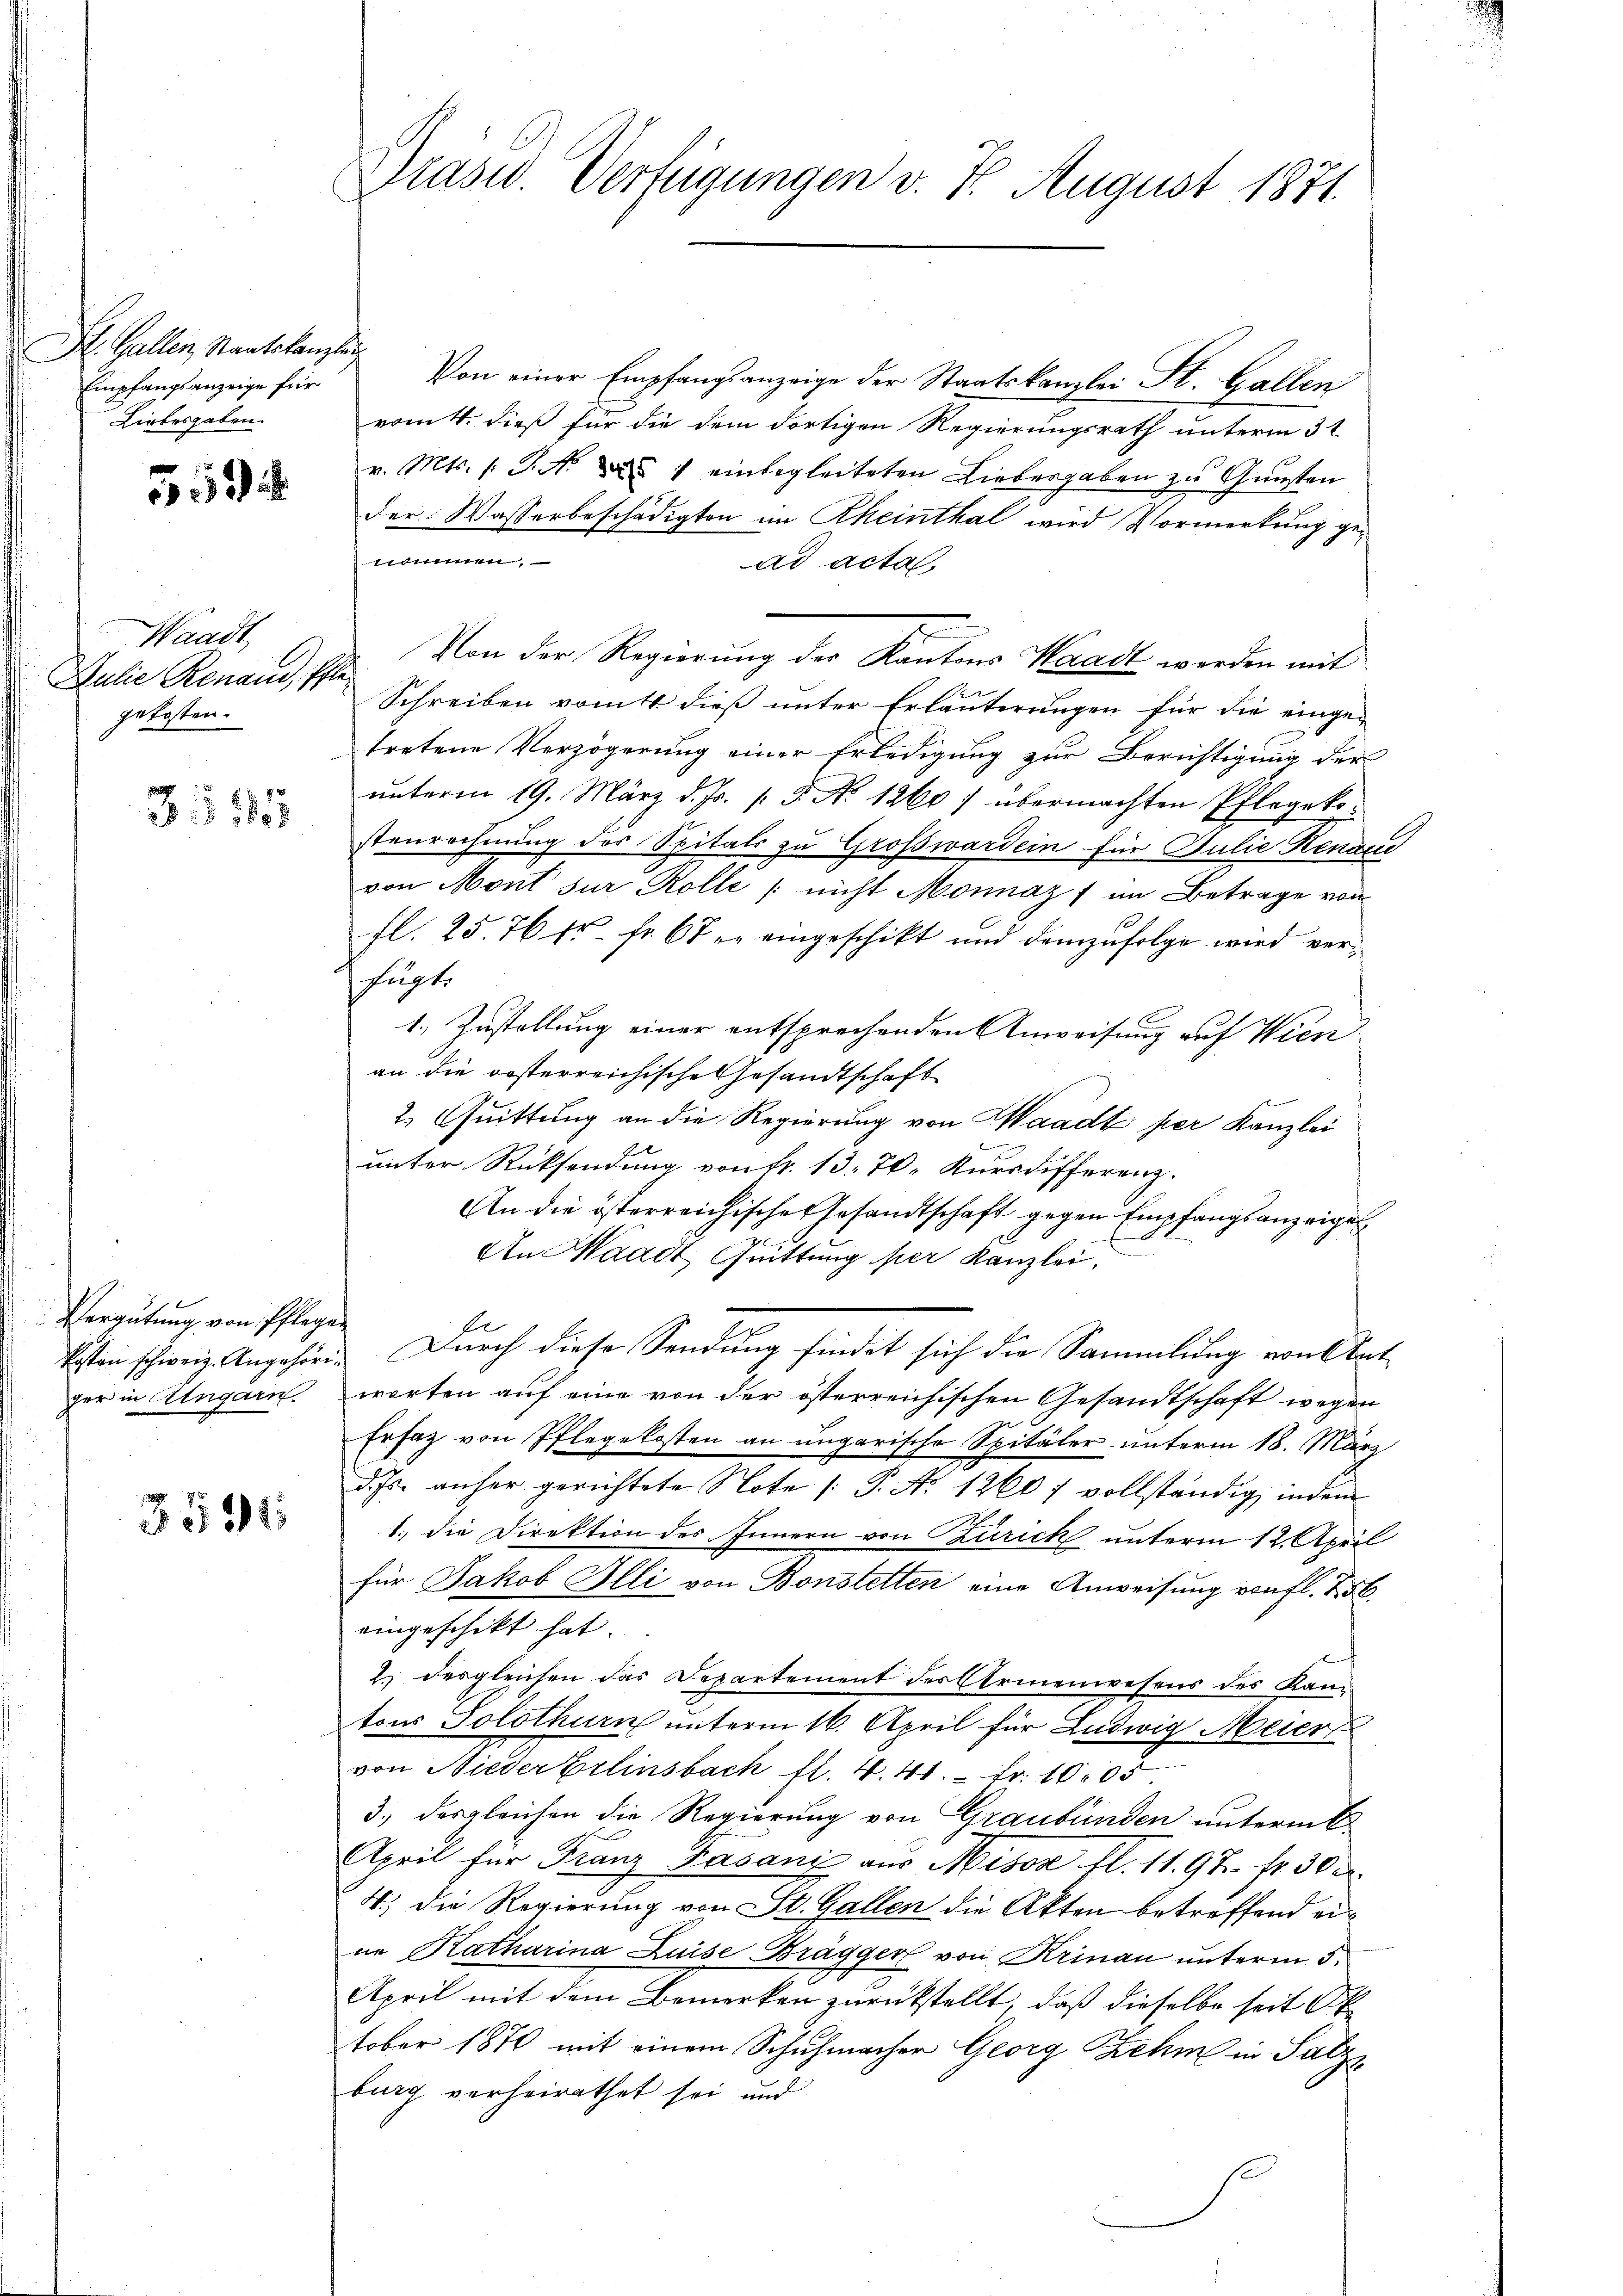
St. Gallen, Staatskanzlei
Empfangsanzeige für
Liebesgaben.

559

Waadt
Julie Renaud, Pflegekosten.

3 1891

Vergütung von Pflegen
ger in Ungarn.

3591

Präsid. Verfügungen v. 7. August 1871.

Von einer Empfangsanzeige der Staatskanzlei St. Gallen
vom 4. dieß für die dem dortigen Regierungsrath unterm 3t
v. Mts. s. S. N. N. 1 einbegleiteten Liebergaben zu Gunsten
der Wasserbeschädigten im Rheinthal wird Vormerkung genomen,
ad acta.
Von der Regierung der Kantons Waadt worden mit
Schreiben vom dieß unter Erläuterungen für die eingetretene Verzögerung einer Erledigung zur Berichtigung der
unterm 19. März d. Js. p. 5. No 12607 übermachten Pflegekostenrechnung des Spitals zu Großwardein für Julie Renaud
von Mont sur Kolle / nicht Monnaz 7 im Betrage von
fl. 25. 76 fr. fr. 6 der eingeschikt und demzufolge wird verfügte
1.) Zustellung einer entsprechenden Anweisung auf Wien
an die oesterreichische Gesandtschaft
2. Quittung an die Regierung von Waadt per Kanzlei
unter Rücksendung von fr. 13. 70. Kursdifferenz.
An die österreichisches Gesandtschaft gegen Empfangsanzeigel
An Waadt, Quittung per Kanzlei.
b
kosten schweiz. Angehöre. Dŭrch diese Sendŭng findet sich die Sammlung von Stat
worten auf eine von der österreichischen Gesandtschaft wegen
Ersatz von Pflegekosten an ungarische Spitäler unterm 18. März
d. Js. anher gerichtete Note /: P. Nr. 1260 f vollständig, indem
1., die Direktion des Innern von Curich unterm 12. April
für Jakob Illi von Bonstetten eine Anweisung von fl. 256.
eingeschikt hat.
2.) Desgleichen das Departement der Elemenwesens des Kantons Solothurn unterm 16. April für Ludwig Meier
von Nieder Erlinsbach fl. 441. Fr. 1005.
3.) Desgleichen die Regierung von Graubünden unterm
April für Franz Fasani aus Mison Al. 11. 97. fr. 500.
4.) Die Regierung von St. Gallen die Akten betreffend eine Katharina Luise Brägger von Krinau unterm 5.
April mit dem Bemerken zurückstellt, daß dieselbe seit Ok
tober 1870 mit einem Schuhmacher Georg Behm in Salzs
burg verheirathet sei und